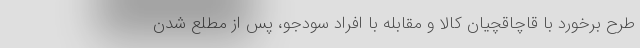
طرح برخورد با قاچاقچیان کالا و مقابله با افراد سودجو، پس از مطلع شدن